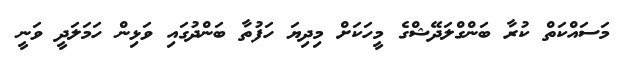
މަސައްކަތް ކުރާ ބަންގްލަދޭޝްގެ މީހަކަށް މިދިޔަ ހަފުތާ ބަންދުގައި ވަޅިން ހަމަލަދީ ވަނީ